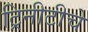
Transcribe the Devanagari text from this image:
ट्रिनीटीचे